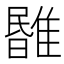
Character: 𩀃